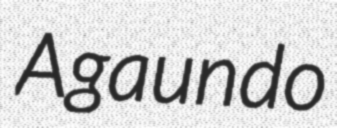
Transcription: Agaundo